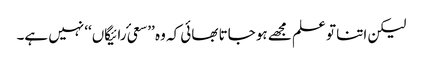
لیکن اتنا تو علم مجھے ہو جاتا بھائی کہ وہ ’’سعیٔ رائیگاں‘‘ نہیں ہے۔